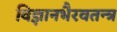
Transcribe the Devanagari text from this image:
विज्ञानभैरवतन्त्र